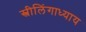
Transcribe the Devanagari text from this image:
स्त्रीलिंगाध्याय